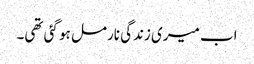
اب میری زندگی نارمل ہو گئی تھی۔